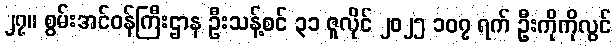
၂၇။ စွမ်းအင်ဝန်ကြီးဌာန ဦးသန့်စင် ၃၁ ဇူလိုင် ၂၀၂၅ ၁၀၇ ရက် ဦးကိုကိုလွင်